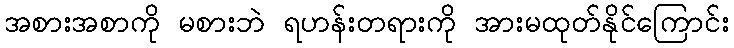
အစားအစာကို မစားဘဲ ရဟန်းတရားကို အားမထုတ်နိုင်ကြောင်း